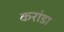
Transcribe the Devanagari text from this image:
करांडा